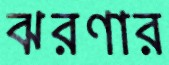
ঝরণার